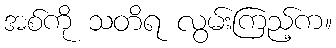
အစ်ကို သတိရ လွမ်းကြည့်က။